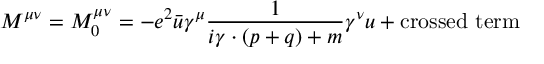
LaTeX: M ^ { \mu \nu } = M _ { 0 } ^ { \mu \nu } = - e ^ { 2 } \bar { u } \gamma ^ { \mu } \frac { 1 } { i \gamma \cdot ( p + q ) + m } \gamma ^ { \nu } u + \mathrm { c r o s s e d ~ t e r m }